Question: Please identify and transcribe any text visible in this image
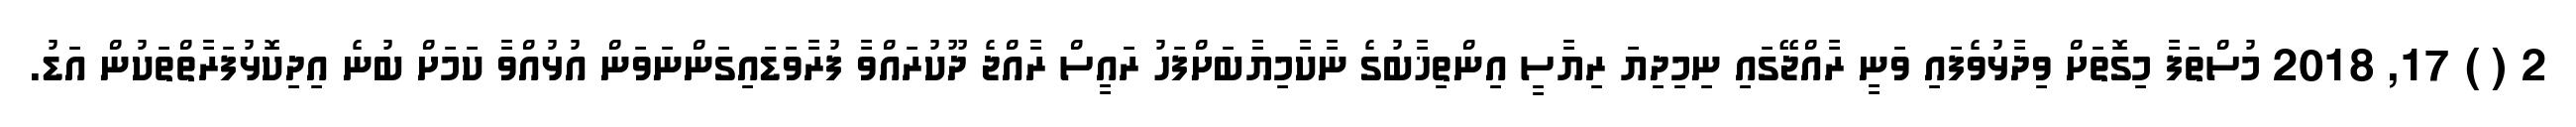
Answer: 2 ( ) 17, 2018 މުސްތަފާ މިގޮތަށް ވިދާޅުވެފައި ވަނީ ރާއްޖޭގައި ނިމިދިޔަ ރިޔާސީ އިންތިޚާބުގެ ނާކާމިޔާބަށްފަހު ރައީސް ރާއްޖެ ދޫކުރައްވާ ފުރާވަޑައިގަންނަވަން އުޅުއްވާ ކަމަށް ބުނެ އިދިކޮޅުފަރާތްތަކުން އަޑު.